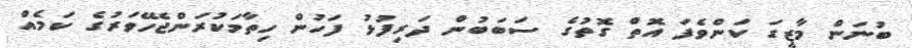
ބުނަން މާޒީގަ ކަންވެފަ އޮތް ގޮތުގެ ސަބަބުން ދަރިފުޅު ފަހުން ހިތާމަކުރަންޖެހޭވަރުގެ ކަމެއް